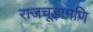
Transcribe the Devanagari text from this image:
राजचूड़ामणि